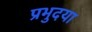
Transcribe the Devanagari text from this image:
प्रभुदया